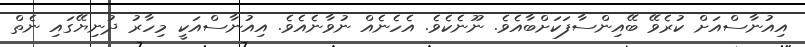
އިއުނާސްއަށް ކުރެވޭ ބޭއިންސާފަކަށްބާއެވެ. ނޫނެކެވެ. އެހެނެއް ނުވާނެއެވެ. އިއުނާސްއަކީ މިހާރު ދުނިޔޭގައި ނެތް